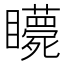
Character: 𥍇